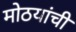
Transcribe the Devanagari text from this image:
मोठयांची